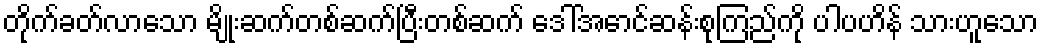
တိုက်ခတ်လာသော မျိုးဆက်တစ်ဆက်ပြီးတစ်ဆက် ဒေါ်အောင်ဆန်းစုကြည်ကို ပါပဟိန် သားဟူသော